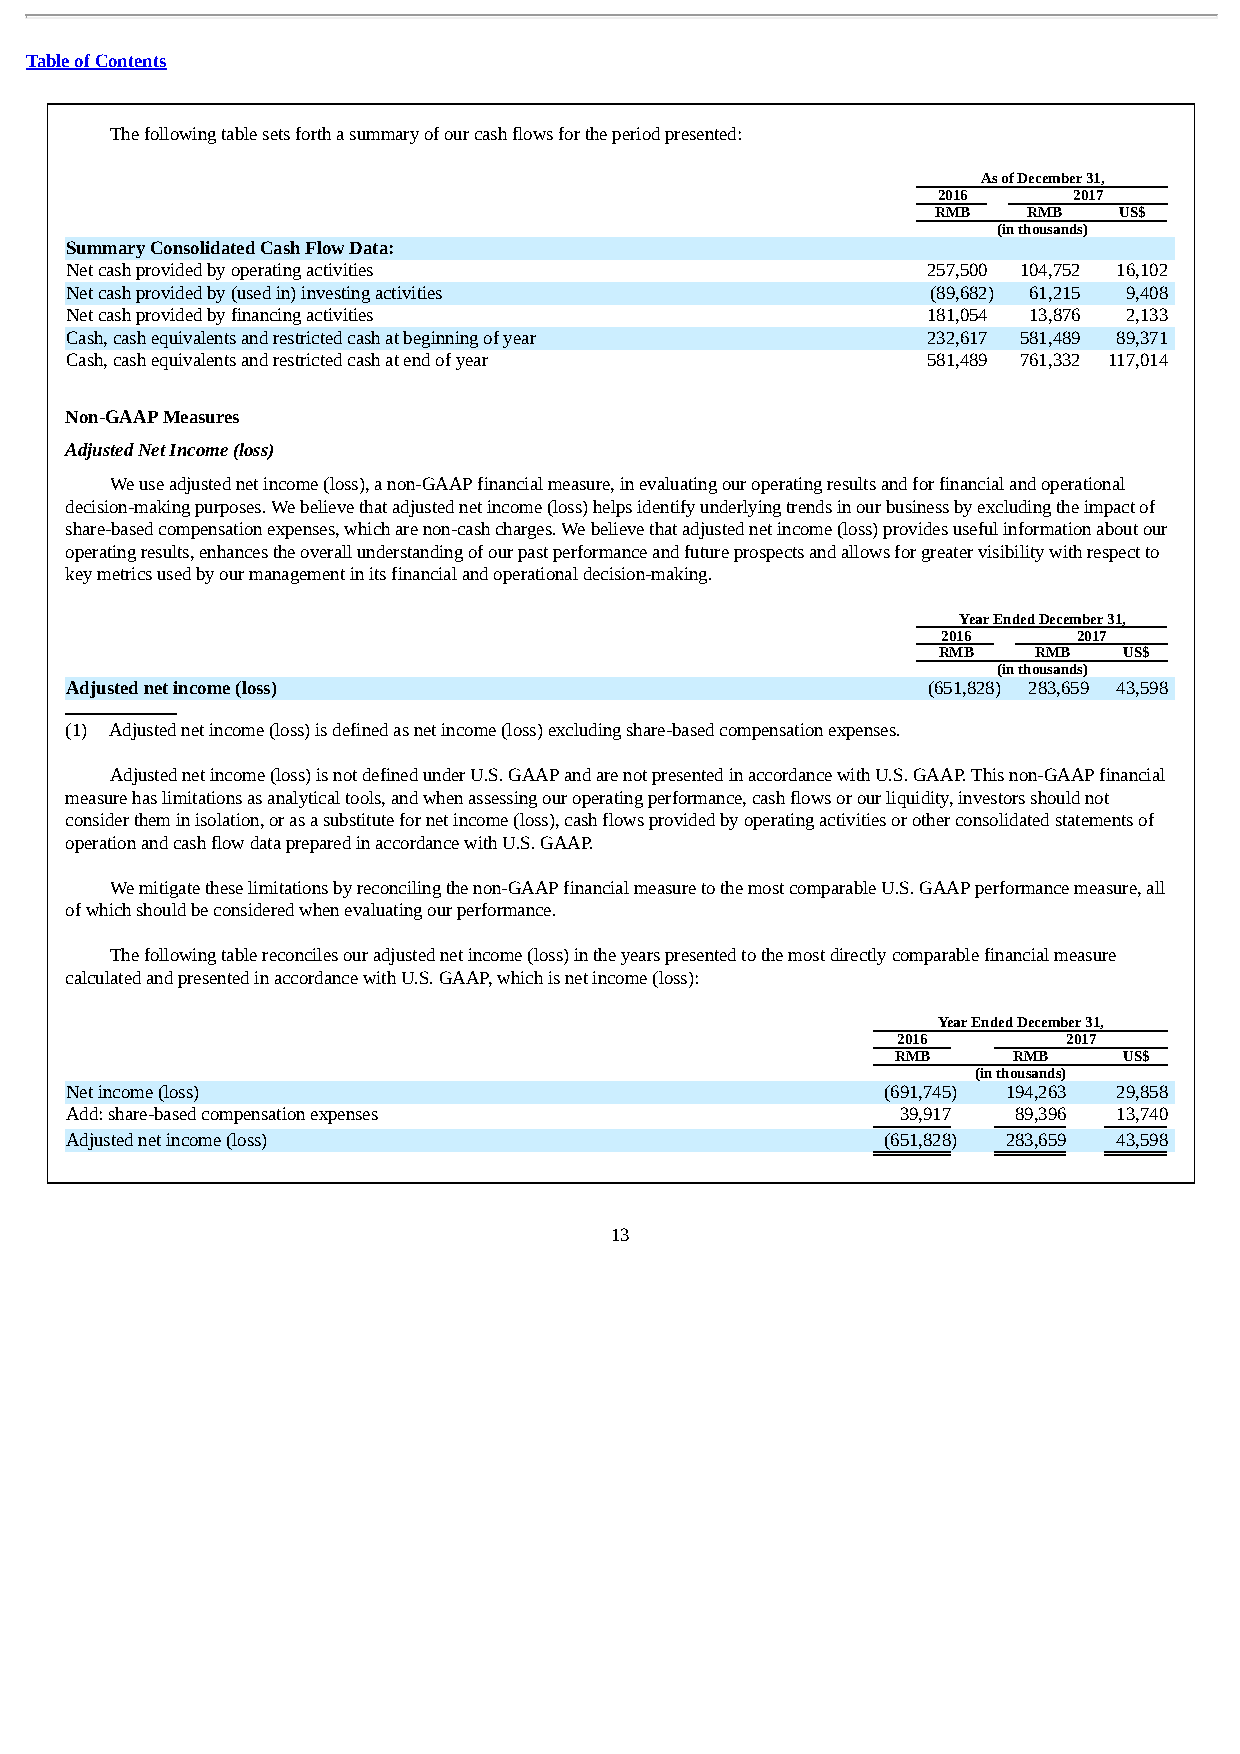
Table of Contents
 The following table sets forth a summary of our cash flows for the period presented:
 As of December 31,
 2016     2017
 RMB   RMB   US$
 (in thousands)
 Summary Consolidated Cash Flow Data:
 Net cash provided by operating activities                257,500 104,752 16,102
 Net cash provided by (used in) investing activities       (89,682) 61,215 9,408
 Net cash provided by financing activities                181,054 13,876 2,133
 Cash, cash equivalents and restricted cash at beginning of year 232,617 581,489 89,371
 Cash, cash equivalents and restricted cash at end of year 581,489 761,332 117,014
 Non-GAAP Measures
 Adjusted Net Income (loss)
 We use adjusted net income (loss), a non-GAAP financial measure, in evaluating our operating results and for financial and operational
 decision-making purposes. We believe that adjusted net income (loss) helps identify underlying trends in our business by excluding the impact of
 share-based compensation expenses, which are non-cash charges. We believe that adjusted net income (loss) provides useful information about our
 operating results, enhances the overall understanding of our past performance and future prospects and allows for greater visibility with respect to
 key metrics used by our management in its financial and operational decision-making.
 Year Ended December 31,
 2016     2017
 RMB   RMB   US$
 (in thousands)
 Adjusted net income (loss)                               (651,828) 283,659 43,598
 (1) Adjusted net income (loss) is defined as net income (loss) excluding share-based compensation expenses.
 Adjusted net income (loss) is not defined under U.S. GAAP and are not presented in accordance with U.S. GAAP. This non-GAAP financial
 measure has limitations as analytical tools, and when assessing our operating performance, cash flows or our liquidity, investors should not
 consider them in isolation, or as a substitute for net income (loss), cash flows provided by operating activities or other consolidated statements of
 operation and cash flow data prepared in accordance with U.S. GAAP.
 We mitigate these limitations by reconciling the non-GAAP financial measure to the most comparable U.S. GAAP performance measure, all
 of which should be considered when evaluating our performance.
 The following table reconciles our adjusted net income (loss) in the years presented to the most directly comparable financial measure
 calculated and presented in accordance with U.S. GAAP, which is net income (loss):
 Year Ended December 31,
 2016        2017
 RMB     RMB    US$
 (in thousands)
 Net income (loss)                                      (691,745) 194,263 29,858
 Add: share-based compensation expenses                  39,917 89,396 13,740
 Adjusted net income (loss)                             (651,828 ) 283,659 43,598
 13